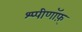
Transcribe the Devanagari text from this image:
श्प्पीणॉफ़्